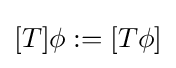
[T]\phi :=[T\phi ]